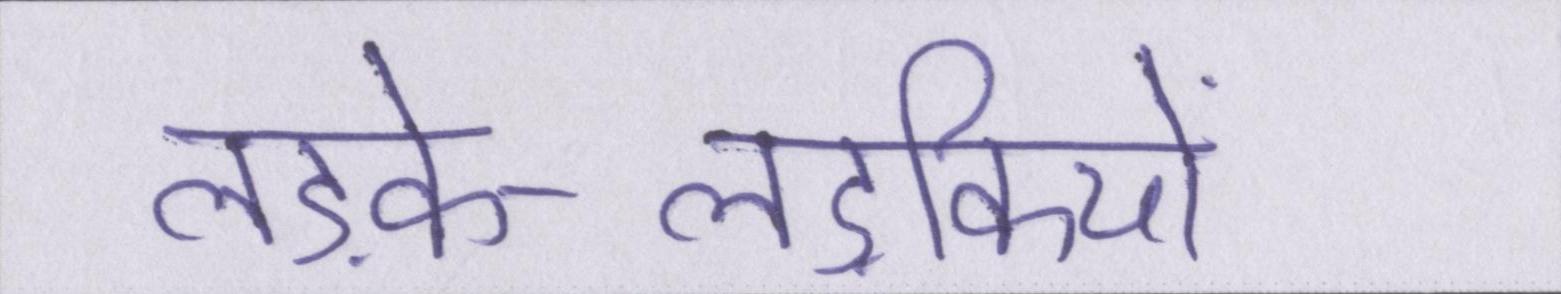
लड़के-लड़कियों